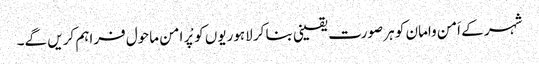
شہر کے اَمن وامان کو ہر صورت یقینی بنا کر لاہوریوں کو پْر امن ماحول فراہم کریں گے۔